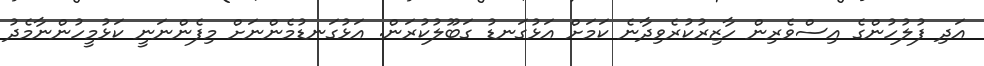
އަދި ފުލުހުންގެ އިސްވެރިން ހާޒިރުކުރެވިދާނެ ކަމަށް އަޅުގަނޑު ގަބޫލުކުރަން. އަޅުގަނޑުމެންނަށް މިފެންނަނީ ކަޅުމީހުންނާމެދު